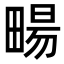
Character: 畼